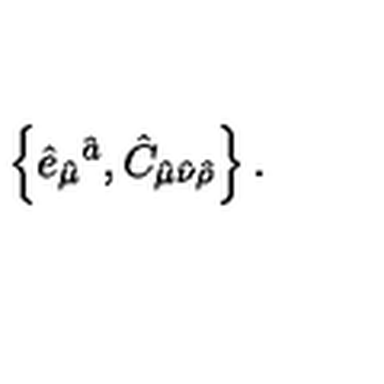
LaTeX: \left\{ \hat { e } _ { \hat { \mu } } { } ^ { \hat { a } } , \hat { C } _ { \hat { \mu } \hat { \nu } \hat { \rho } } \right\} .